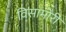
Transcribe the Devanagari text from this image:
विसामोरी